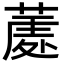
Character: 𮐣